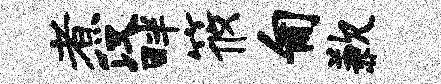
煮汉畔筱匍歉